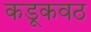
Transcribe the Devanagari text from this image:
कडूकवठ